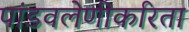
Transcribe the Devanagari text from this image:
पांडवलेणीकरिता